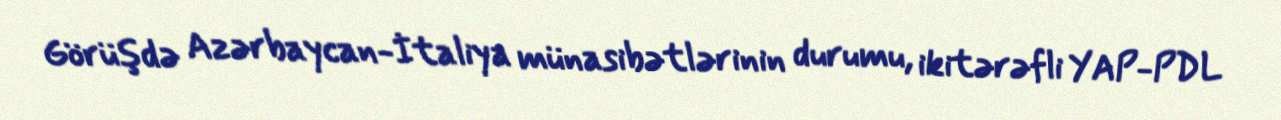
Görüşdə Azərbaycan-İtaliya münasibətlərinin durumu, ikitərəfli YAP-PDL